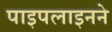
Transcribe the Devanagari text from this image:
पाइपलाइनने